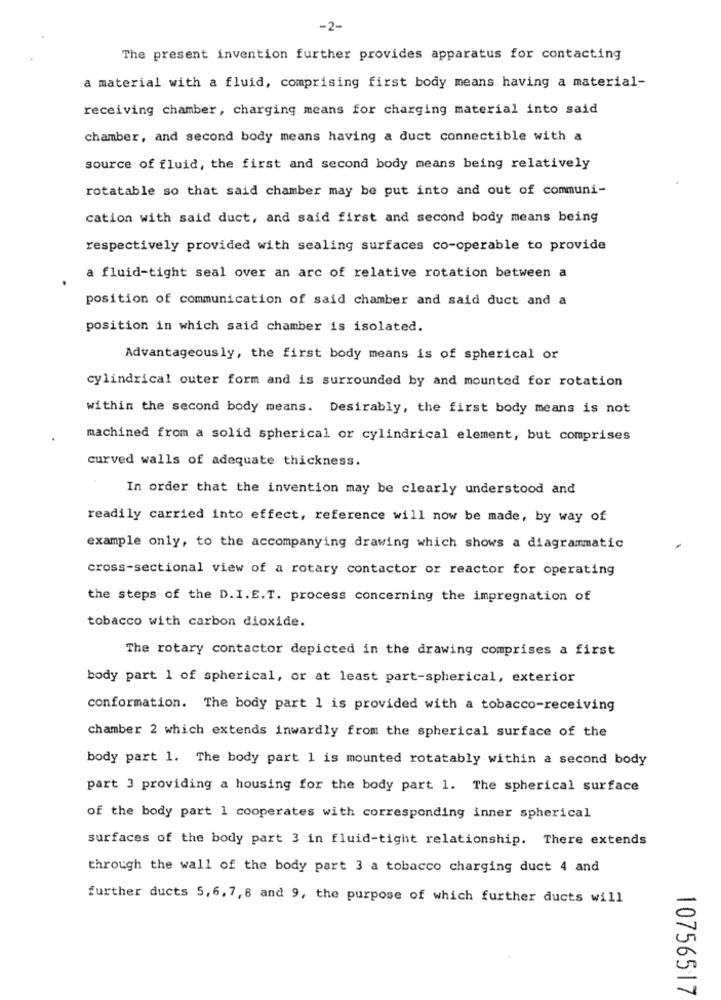
-2-
The present invention further provides apparatus for contacting
a material with a fluid, comprising first body means having a material-
receiving chamber, charging means for charging material into said
chamber, and second body means having a duct connectible with a
source of fluid, the first and second body means being relatively
rotatable so that said chamber may be put into and out of communi-
cation with said duct, and said first and second body means being
respectively provided with sealing surfaces co-operable to provide
a fluid-tight seal over an arc of relative rotation between a
position of communication of said chamber and said duct and a
position in which said chamber is isolated.
Advantageously, the first body means is of spherical or
cylindrical outer form and is surrounded by and mounted for rotation
within the second body means. Desirably, the first body means is not
machined from a solid spherical or cylindrical element, but comprises
curved walls of adequate thickness.
In order that the invention may be clearly understood and
readily carried into effect, reference will now be made, by way of
example only, to the accompanying drawing which shows a diagrammatic
cross-sectional view of a rotary contactor or reactor for operating
the steps of the D. I.E.T. process concerning the impregnation of
tobacco with carbon dioxide.
The rotary contactor depicted in the drawing comprises a first
body part 1 of spherical, or at least part-spherical, exterior
conformation. The body part 1 is provided with a tobacco-receiving
chamber 2 which extends inwardly from the spherical surface of the
body part 1. The body part 1 is mounted rotatably within a second body
part 3 providing a housing for the body part 1. The spherical surface
of the body part 1 cooperates with corresponding inner spherical
surfaces of the body part 3 in fluid-tight relationship. There extends
through the wall of the body part 3 a tobacco charging duct 4 and
further ducts 5,6, 7, 8 and 9, the purpose of which further ducts will
10756517